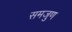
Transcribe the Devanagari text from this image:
समजुण